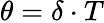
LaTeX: \theta=\delta\cdot T